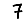
Digit: 7